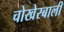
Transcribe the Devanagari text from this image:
चोखेरबाली